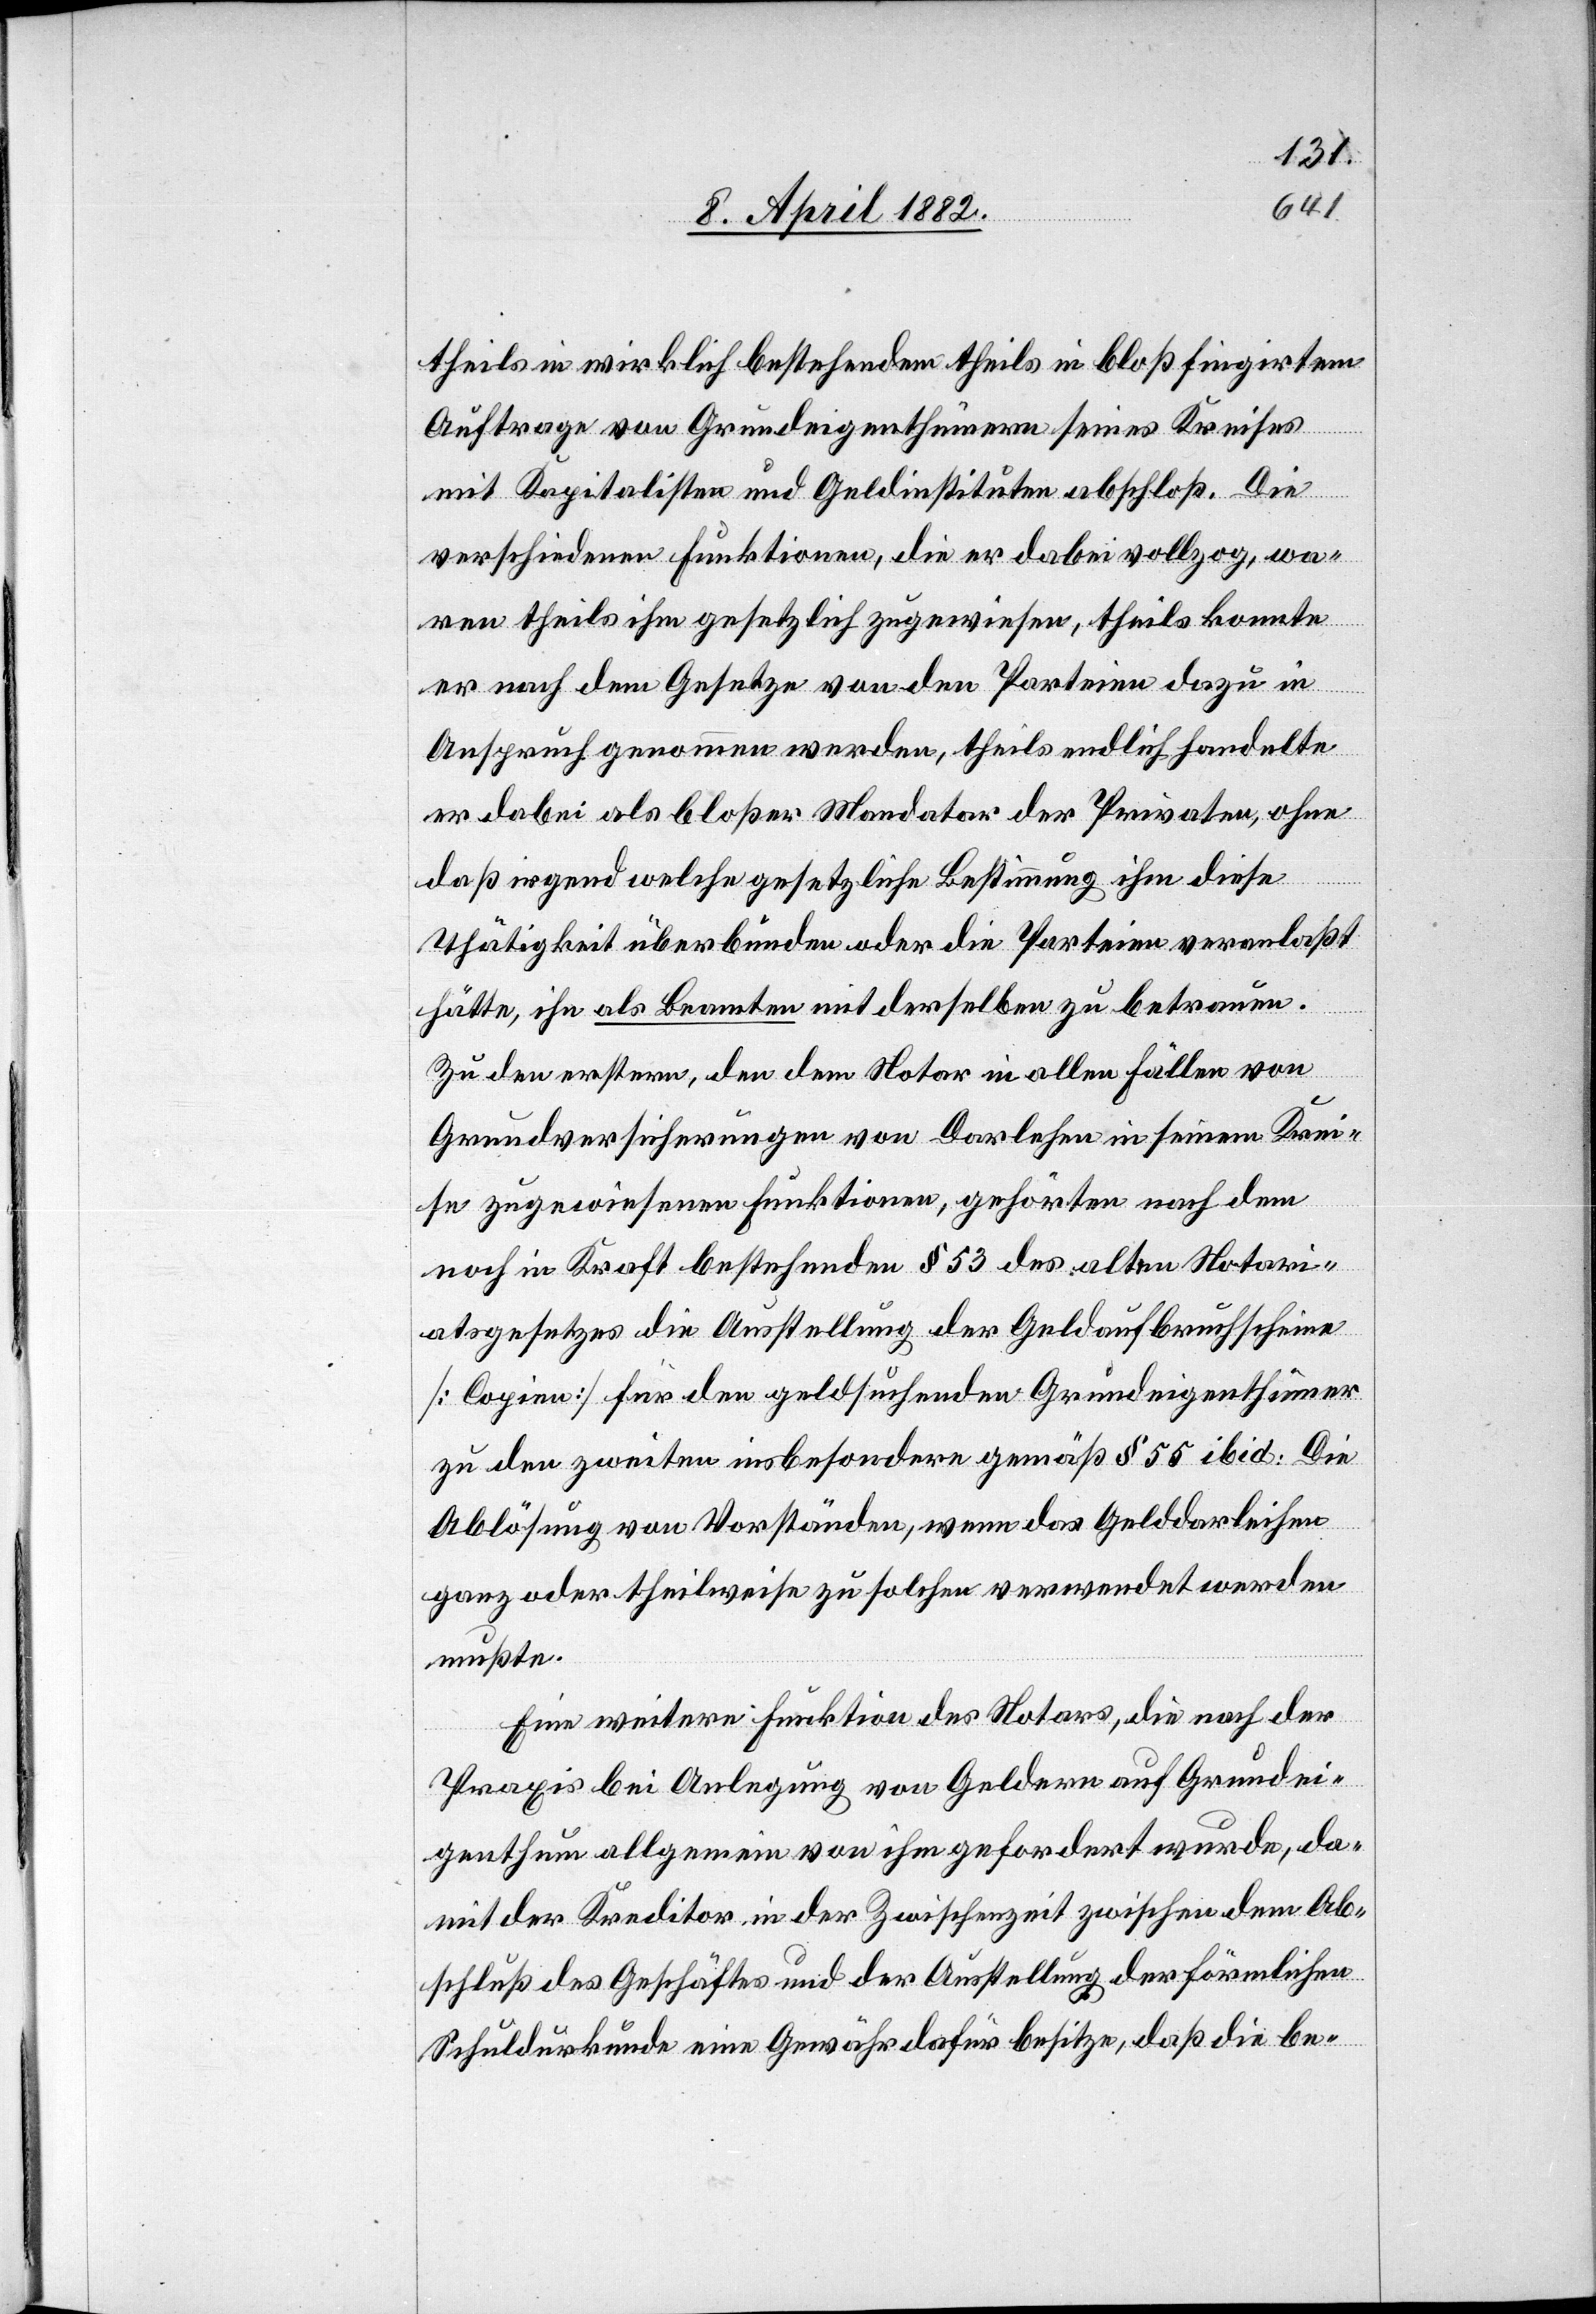
theils in wirklich bestehendem theils in bloß fingirtem
Auftrage von Grundeigenthümern seines Kreises
mit Kapitalisten und Geldinstituten abschloß. Die
verschiedenen Funktionen, die er dabei vollzog, wa¬
ren theils ihm gesetzlich zugewiesen, theils konnte
er nach dem Gesetze von den Parteien dazu in
Anspruch genommen werden, theils endlich handelte
er dabei als bloßer Mandatar der Privaten, ohne
daß irgend welche gesetzliche Bestimmung ihm diese
Thätigkeit überbunden oder die Parteien veranlaßt
hätte, ihn als Beamten mit derselben zu betrauen.
Zu den erstern, den dem Notar in allen Fällen von
Grundversicherungen von Darlehen in seinem Krei¬
se zugewiesenen Funktionen, gehörten nach dem
noch in Kraft bestehenden § 53 des alten Notari¬
atsgesetzes die Ausstellung der Geldaufbruchscheine
[Copien] für den geldsuchenden Grundeigenthümer
zu den zweiten insbesondere gemäß § 55 ibid: Die
Ablösung von Vorständen, wenn das Gelddarleihen
ganz oder theilweise zu solchen verwendet werden
mußte.
Eine weitere Funktion des Notars, die nach der
Praxis bei Anlegung von Geldern auf Grundei¬
genthum allgemein von ihm gefordert wurde, da¬
mit der Kreditor in der Zwischenzeit zwischen dem Ab¬
schluß des Geschäftes und der Ausstellung der förmlichen
Schuldurkunde eine Gewähr dafür besitze, daß die be-